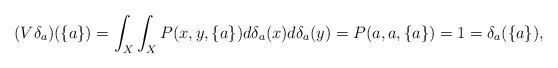
LaTeX: \begin{align*}(V\delta_a)(\{a\})=\int_X\int_X P(x,y,\{a\})d\delta_a(x)d\delta_a(y)=P(a,a,\{a\})=1=\delta_a(\{a\}),\end{align*}